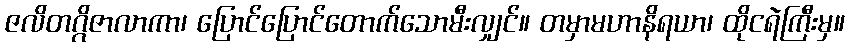
ဇလိတဂ္ဂိဇာလာကာ၊ ပြောင်ပြောင်တောက်သောမီးလျှင်။ တမှာမဟာနိရယာ၊ ထိုငရဲကြီးမှ။